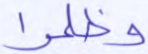
وظلموا